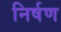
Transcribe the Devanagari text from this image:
निर्षण